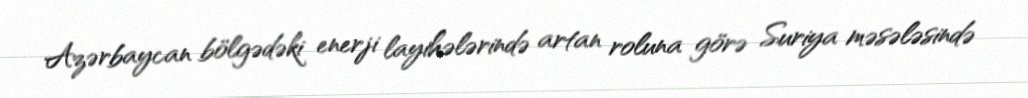
Azərbaycan bölgədəki enerji layihələrində artan roluna görə Suriya məsələsində